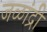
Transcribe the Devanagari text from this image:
जळांद्री